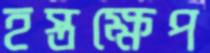
হস্তক্ষেপ